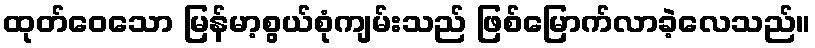
ထုတ်ဝေသော မြန်မာ့စွယ်စုံကျမ်းသည် ဖြစ်မြောက်လာခဲ့လေသည်။